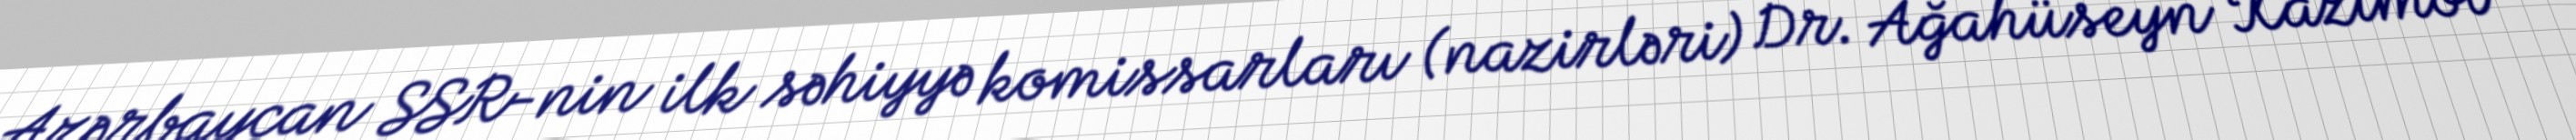
Azərbaycan SSR-nin ilk səhiyyə komissarları (nazirləri) Dr. Ağahüseyn Kazımov